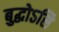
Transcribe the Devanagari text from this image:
बुद्धोऽसि